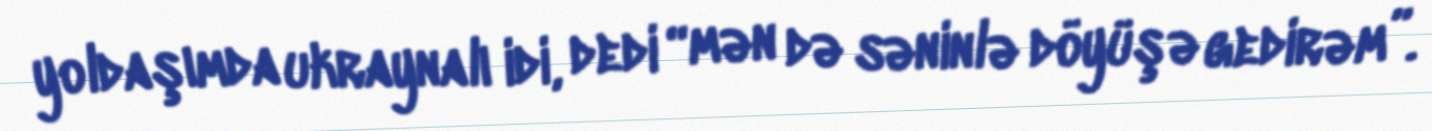
yoldaşımda ukraynalı idi, dedi “mən də səninlə döyüşə gedirəm”.